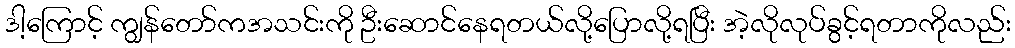
ဒါ့ကြောင့် ကျွန်တော်ကအသင်းကို ဦးဆောင်နေရတယ်လို့ပြောလို့ရပြီး အဲ့လိုလုပ်ခွင့်ရတာကိုလည်း